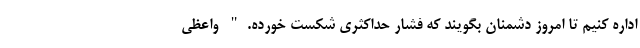
اداره کنیم تا امروز دشمنان بگویند که فشار حداکثری شکست خورده." واعظی